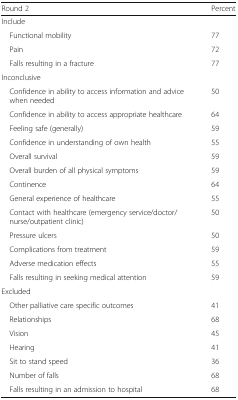
<table><thead><tr><td><b>Round 2</b></td><td><b>Percent</b></td></tr></thead><tbody><tr><td colspan="2">Include</td></tr><tr><td> Functional mobility</td><td>77</td></tr><tr><td> Pain</td><td>72</td></tr><tr><td> Falls resulting in a fracture</td><td>77</td></tr><tr><td colspan="2">Inconclusive</td></tr><tr><td> Confidence in ability to access information and advice when needed</td><td>50</td></tr><tr><td> Confidence in ability to access appropriate healthcare</td><td>64</td></tr><tr><td> Feeling safe (generally)</td><td>59</td></tr><tr><td> Confidence in understanding of own health</td><td>55</td></tr><tr><td> Overall survival</td><td>59</td></tr><tr><td> Overall burden of all physical symptoms</td><td>59</td></tr><tr><td> Continence</td><td>64</td></tr><tr><td> General experience of healthcare</td><td>55</td></tr><tr><td> Contact with healthcare (emergency service/doctor/nurse/outpatient clinic)</td><td>50</td></tr><tr><td> Pressure ulcers</td><td>50</td></tr><tr><td> Complications from treatment</td><td>59</td></tr><tr><td> Adverse medication effects</td><td>55</td></tr><tr><td> Falls resulting in seeking medical attention</td><td>59</td></tr><tr><td colspan="2">Excluded</td></tr><tr><td> Other palliative care specific outcomes</td><td>41</td></tr><tr><td> Relationships</td><td>68</td></tr><tr><td> Vision</td><td>45</td></tr><tr><td> Hearing</td><td>41</td></tr><tr><td> Sit to stand speed</td><td>36</td></tr><tr><td> Number of falls</td><td>68</td></tr><tr><td> Falls resulting in an admission to hospital</td><td>68</td></tr></tbody></table>